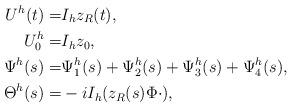
LaTeX: \begin{align*} U^h(t)=&I_h z_R(t), \\ U^h_0=&I_h z_0,\\ \Psi^h(s)=&\Psi^h_1(s)+\Psi^h_2(s)+\Psi^h_3(s)+\Psi^h_4(s),\\ \Theta^h(s)=&-i I_h(z_R(s)\Phi \cdot),\end{align*}